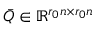
\bar { Q } \in \mathbb { R } ^ { r _ { 0 } n \times r _ { 0 } n }